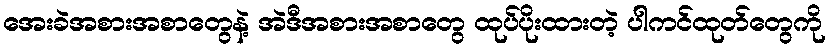
အေးခဲအစားအစာတွေနဲ့ အဲဒီအစားအစာတွေ ထုပ်ပိုးထားတဲ့ ပါကင်ထုတ်တွေကို